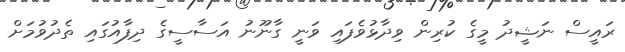
ރައީސް ނަޝީދު މީގެ ކުރިން ވިދާޅުވެފައި ވަނީ ގާނޫނު އަސާސީގެ ދިފާއުގައި ތެދުވުމަށް